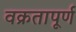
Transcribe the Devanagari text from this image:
वक्रतापूर्ण